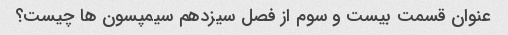
عنوان قسمت بیست و سوم از فصل سیزدهم سیمپسون ها چیست؟